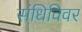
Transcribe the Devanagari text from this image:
संधिविवर